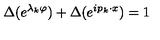
\Delta ( e ^ { \lambda _ { k } \varphi } ) + \Delta ( e ^ { i p _ { k } \cdot x } ) = 1